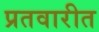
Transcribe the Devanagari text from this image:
प्रतवारीत